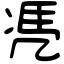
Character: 𠙖